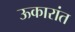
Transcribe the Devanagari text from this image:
ऊकारांत